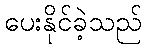
ပေးနိုင်ခဲ့သည်